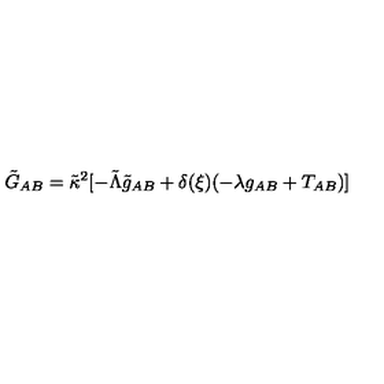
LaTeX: \tilde { G } _ { A B } = \tilde { \kappa } ^ { 2 } [ - \tilde { \Lambda } \tilde { g } _ { A B } + \delta ( \xi ) ( { - \lambda g _ { A B } + T _ { A B } } ) ]